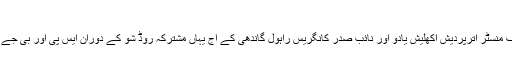
راہول کا وارانسی میں مشترکہ روڈ شو
وارانسی 4 مارچ (سیاست ڈاٹ کام) چیف منسٹر اترپردیش اکھلیش یادو اور نائب صدر کانگریس راہول گاندھی کے آج یہاں مشترکہ روڈ شو کے دوران ایس پی اور بی جے پی ورکرس کے درمیان جھڑپ ہوگئی۔